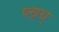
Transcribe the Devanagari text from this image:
प्लाथ्